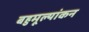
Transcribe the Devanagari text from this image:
बहुमूल्यांकन